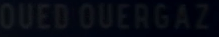
OUED OUERGAZ